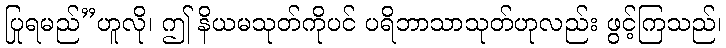
ပြုရမည်”ဟူလို၊ ဤ နိယမသုတ်ကိုပင် ပရိဘာသာသုတ်ဟုလည်း ဖွင့်ကြသည်၊